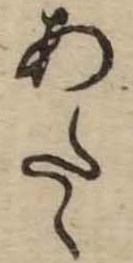
あたゝ